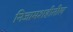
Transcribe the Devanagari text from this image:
निजामशहीतील